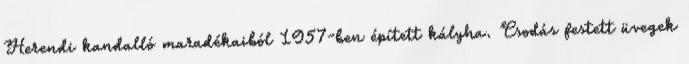
Herendi kandalló maradékaiból 1957-ben épített kályha. Csodás festett üvegek